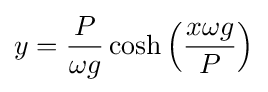
y={\frac {P}{\omega g}}\cosh \left({\frac {x\omega g}{P}}\right)